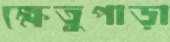
ক্ষেতুপাড়া